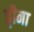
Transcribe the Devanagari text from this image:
ड्वीना